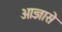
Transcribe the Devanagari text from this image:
आज्ञासे